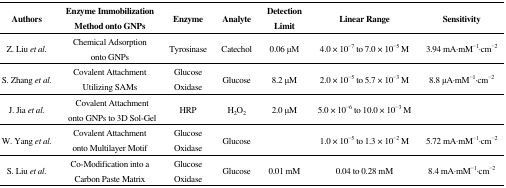
<table><thead><tr><td><b>Authors</b></td><td><b>Enzyme Immobilization Method onto GNPs</b></td><td><b>Enzyme</b></td><td><b>Analyte</b></td><td><b>Detection Limit</b></td><td><b>Linear Range</b></td><td><b>Sensitivity</b></td></tr></thead><tbody><tr><td>Z. Liu <i>et al.</i></td><td>Chemical Adsorption onto GNPs</td><td>Tyrosinase</td><td>Catechol</td><td>0.06 μM</td><td>4.0 × 10<sup>−7</sup> to 7.0 × 10<sup>−5</sup> M</td><td>3.94 mA·mM<sup>−1</sup>·cm<sup>−2</sup></td></tr><tr><td>S. Zhang <i>et al.</i></td><td>Covalent Attachment Utilizing SAMs</td><td>Glucose Oxidase</td><td>Glucose</td><td>8.2 μM</td><td>2.0 × 10<sup>−5</sup> to 5.7 × 10<sup>−3</sup> M</td><td>8.8 μA·mM<sup>−1</sup>·cm<sup>−2</sup></td></tr><tr><td>J. Jia <i>et al.</i></td><td>Covalent Attachment onto GNPs to 3D Sol-Gel</td><td>HRP</td><td>H<sub>2</sub>O<sub>2</sub></td><td>2.0 μM</td><td>5.0 × 10<sup>−6</sup> to 10.0 × 10<sup>−3</sup> M</td><td></td></tr><tr><td>W. Yang <i>et al.</i></td><td>Covalent Attachment onto Multilayer Motif</td><td>Glucose Oxidase</td><td>Glucose</td><td></td><td>1.0 × 10<sup>−5</sup> to 1.3 × 10<sup>−2</sup> M</td><td>5.72 mA·mM<sup>−1</sup>·cm<sup>−2</sup></td></tr><tr><td>S. Liu <i>et al.</i></td><td>Co-Modification into a Carbon Paste Matrix</td><td>Glucose Oxidase</td><td>Glucose</td><td>0.01 mM</td><td>0.04 to 0.28 mM</td><td>8.4 mA·mM<sup>−1</sup>·cm<sup>−2</sup></td></tr></tbody></table>